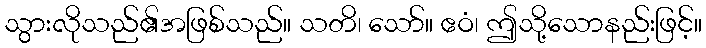
သွားလိုသည်၏အဖြစ်သည်။ သတိ၊ သော်။ ဧဝံ၊ ဤသို့သောနည်းဖြင့်။